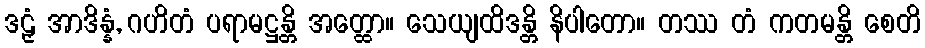
ဒဠှံ အာဒိန္နံ, ဂဟိတံ ပရာမဋ္ဌန္တိ အတ္ထော။ သေယျထိဒန္တိ နိပါတော။ တဿ တံ ကတမန္တိ စေတိ